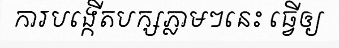
ការបង្កើតបក្សភ្លាមៗនេះ ធ្វើឲ្យ